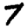
Digit: 7